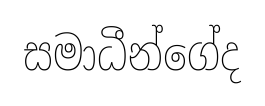
සමාධීන්ගේද